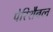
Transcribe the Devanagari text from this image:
पेरिशैबल